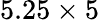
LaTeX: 5.25\times 5